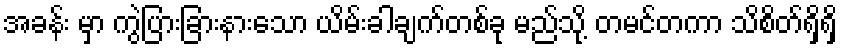
အခန်း မှာ ကွဲပြားခြားနားသော ယိမ်းခါချက်တစ်ခု မည်သို့ တမင်တကာ သိစိတ်ရှိရှိ